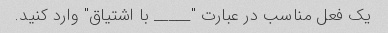
یک فعل مناسب در عبارت "_____ با اشتیاق" وارد کنید.